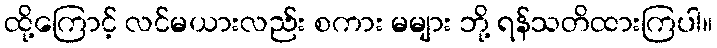
ထို့ကြောင့် လင်မယားလည်း စကား မများ ဘို့ ရန်သတိထားကြပါ။